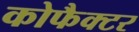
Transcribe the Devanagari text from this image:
कोफैक्टर